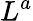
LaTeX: L^{a}